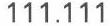
111.111